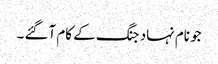
جو نام نہاد جنگ کے کام آگئے ۔